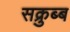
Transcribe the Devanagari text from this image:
सक्रुब्ब